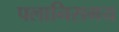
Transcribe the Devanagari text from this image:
पलानिसमय